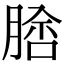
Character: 𦝵